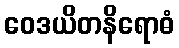
ဝေဒယိတနိရောဓံ